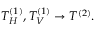
T _ { H } ^ { ( 1 ) } , T _ { V } ^ { ( 1 ) } \rightarrow T ^ { ( 2 ) } .